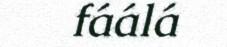
fáálá